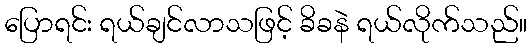
ပြောရင်း ရယ်ချင်လာသဖြင့် ခိခနဲ ရယ်လိုက်သည်။